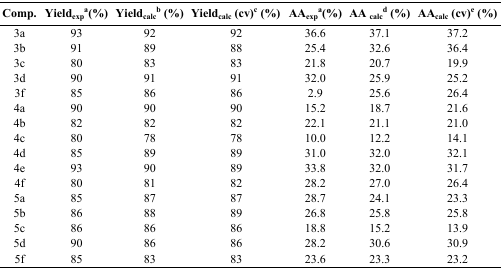
<table><thead><tr><td><b>Comp.</b></td><td><b>Yield<sub>exp</sub>a (%)</b></td><td><b>Yield<sub>calc</sub>b (%)</b></td><td><b>Yield<sub>calc</sub> (cv)c (%)</b></td><td><b>AA<sub>exp</sub>a (%)</b></td><td><b>AA<sub>calc</sub>d (%)</b></td><td><b>AA<sub>calc</sub> (cv)e (%)</b></td></tr></thead><tbody><tr><td>3a</td><td>93</td><td>92</td><td>92</td><td>36.6</td><td>37.1</td><td>37.2</td></tr><tr><td>3b</td><td>91</td><td>89</td><td>88</td><td>25.4</td><td>32.6</td><td>36.4</td></tr><tr><td>3c</td><td>80</td><td>83</td><td>83</td><td>21.8</td><td>20.7</td><td>19.9</td></tr><tr><td>3d</td><td>90</td><td>91</td><td>91</td><td>32.0</td><td>25.9</td><td>25.2</td></tr><tr><td>3f</td><td>85</td><td>86</td><td>86</td><td>2.9</td><td>25.6</td><td>26.4</td></tr><tr><td>4a</td><td>90</td><td>90</td><td>90</td><td>15.2</td><td>18.7</td><td>21.6</td></tr><tr><td>4b</td><td>82</td><td>82</td><td>82</td><td>22.1</td><td>21.1</td><td>21.0</td></tr><tr><td>4c</td><td>80</td><td>78</td><td>78</td><td>10.0</td><td>12.2</td><td>14.1</td></tr><tr><td>4d</td><td>85</td><td>89</td><td>89</td><td>31.0</td><td>32.0</td><td>32.1</td></tr><tr><td>4e</td><td>93</td><td>90</td><td>89</td><td>33.8</td><td>32.0</td><td>31.7</td></tr><tr><td>4f</td><td>80</td><td>81</td><td>82</td><td>28.2</td><td>27.0</td><td>26.4</td></tr><tr><td>5a</td><td>85</td><td>87</td><td>87</td><td>28.7</td><td>24.1</td><td>23.3</td></tr><tr><td>5b</td><td>86</td><td>88</td><td>89</td><td>26.8</td><td>25.8</td><td>25.8</td></tr><tr><td>5c</td><td>86</td><td>86</td><td>86</td><td>18.8</td><td>15.2</td><td>13.9</td></tr><tr><td>5d</td><td>90</td><td>86</td><td>86</td><td>28.2</td><td>30.6</td><td>30.9</td></tr><tr><td>5f</td><td>85</td><td>83</td><td>83</td><td>23.6</td><td>23.3</td><td>23.2</td></tr></tbody></table>